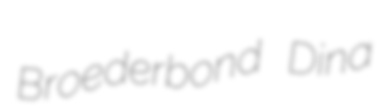
Broederbond Dina